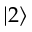
\vert 2 \rangle